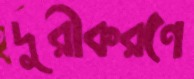
দূরীকরণে